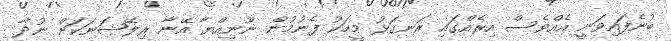
ބުނެފައިވަނީ އެއްވެސް އިރެއްގައި ރަނގަޅު މީހަކު ފެނުމުން ނޫނިއްޔާ އޭނާ ރިލޭޝަނަކަށް ނުދާ